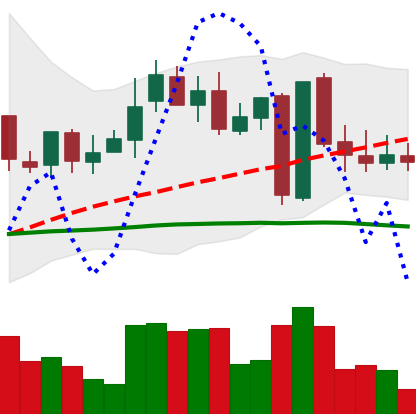
Ticker: LINK-USD
Chart end date: 2019-03-02
Forward return: 6.556%
Label: up_5_7